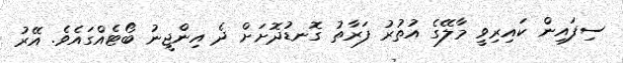
ސިފައިން ކައިރިވީ މާލޭގެ އުތުރު ފަރާތު ގޮނޑުދޮށަށް ދެ އިންޖީނު ބޯޓެއްގައެވެ. އޭރު